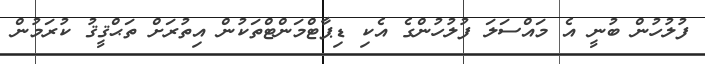
ފުލުހުން ބުނީ އެ މައްސަލަ ފުލުހުންގެ އެކި ޑިޕާޓްމަންޓްތަކުން އިތުރަށް ތަޙްޤީޤު ކުރަމުން